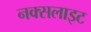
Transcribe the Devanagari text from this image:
नक्सलाइट